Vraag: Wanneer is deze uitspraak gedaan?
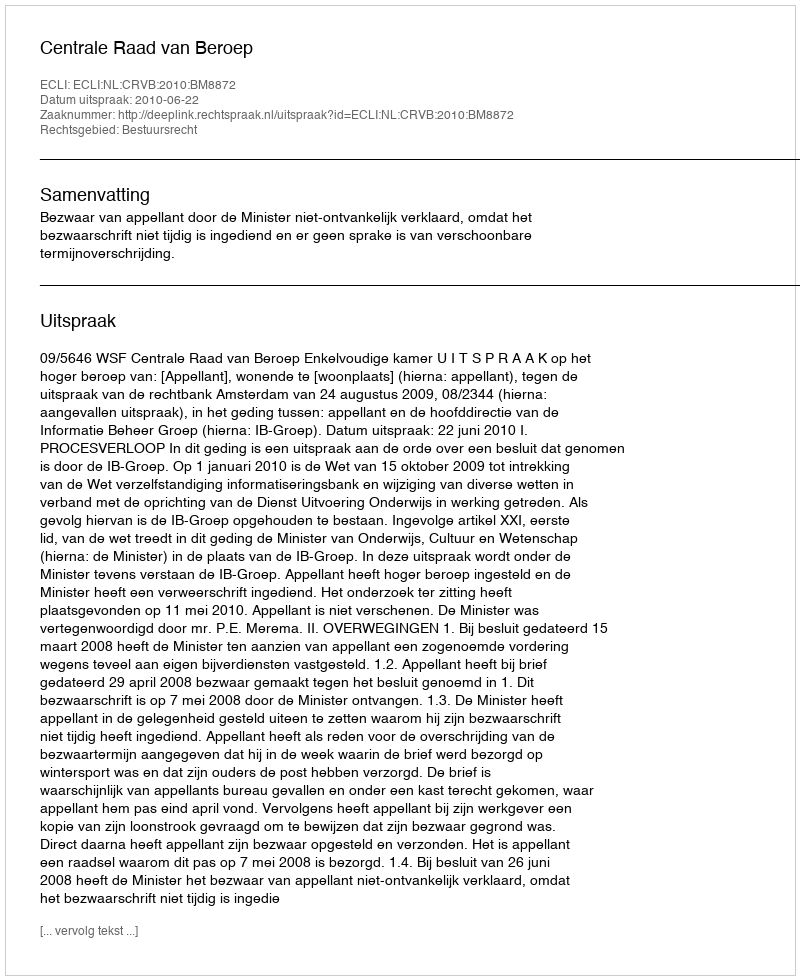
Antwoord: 2010-06-22